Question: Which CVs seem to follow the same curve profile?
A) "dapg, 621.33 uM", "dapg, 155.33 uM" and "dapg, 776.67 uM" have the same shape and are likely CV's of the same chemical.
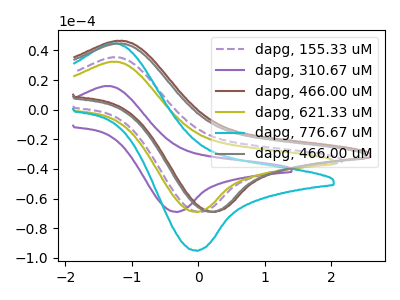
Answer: <think>The purple dashed curve "dapg, 155.33 uM" has an anodic peak at (-1.25V, 35.30uA) and a cathodic peak at (0.00V, -69.00uA). The purple curve "dapg, 310.67 uM" has an anodic peak at (-1.40V, 15.90uA) and a cathodic peak at (-0.35V, -69.00uA). The brown curve "dapg, 466.00 uM" has an anodic peak at (-1.20V, 46.40uA) and a cathodic peak at (0.25V, -69.00uA). The olive curve "dapg, 621.33 uM" has an anodic peak at (-1.30V, 32.30uA) and a cathodic peak at (-0.05V, -69.00uA). The cyan curve "dapg, 776.67 uM" has an anodic peak at (-1.30V, 44.55uA) and a cathodic peak at (-0.05V, -95.20uA). The gray curve "dapg, 466.00 uM" has an anodic peak at (-1.20V, 44.60uA) and a cathodic peak at (0.20V, -69.00uA).
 "dapg, 155.33 uM" and "dapg, 310.67 uM" have at least one peak that do not match. "dapg, 155.33 uM" and "dapg, 466.00 uM" have at least one peak that do not match. All the peaks in "dapg, 155.33 uM" have a peak in "dapg, 621.33 uM" at the same potential. All the peaks in "dapg, 155.33 uM" have a peak in "dapg, 776.67 uM" at the same potential. Every peak in "dapg, 155.33 uM" is lower than every peak in "dapg, 776.67 uM". "dapg, 155.33 uM" and "dapg, 466.00 uM" have at least one peak that do not match. "dapg, 310.67 uM" and "dapg, 466.00 uM" have at least one peak that do not match. "dapg, 310.67 uM" and "dapg, 621.33 uM" have at least one peak that do not match. "dapg, 310.67 uM" and "dapg, 776.67 uM" have at least one peak that do not match. "dapg, 310.67 uM" and "dapg, 466.00 uM" have at least one peak that do not match. "dapg, 466.00 uM" and "dapg, 621.33 uM" have at least one peak that do not match. "dapg, 466.00 uM" and "dapg, 776.67 uM" have at least one peak that do not match. All the peaks in "dapg, 466.00 uM" have a peak in "dapg, 466.00 uM" at the same potential. All the peaks in "dapg, 621.33 uM" have a peak in "dapg, 776.67 uM" at the same potential. Every peak in "dapg, 621.33 uM" is lower than every peak in "dapg, 776.67 uM". "dapg, 621.33 uM" and "dapg, 466.00 uM" have at least one peak that do not match. "dapg, 776.67 uM" and "dapg, 466.00 uM" have at least one peak that do not match.</think>
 <answer>A) "dapg, 621.33 uM", "dapg, 155.33 uM" and "dapg, 776.67 uM" have the same shape and are likely CV's of the same chemical.</answer>
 <eval>A</eval>